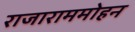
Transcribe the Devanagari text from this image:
राजाराममोहन